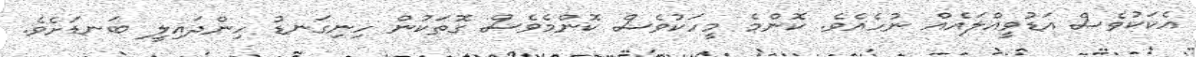
އެކަކުވެސް އަޑުވީއްލައެއް ނުހެއެވެ. ކޮންމެ މީހަކުވެސް ކޮންމެވެސް ގޮތަކުން ހިނިގަނޑު ހިންދައިލީ ބަނޑަށެވެ.